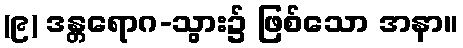
(၉) ဒန္တရောဂ-သွား၌ ဖြစ်သော အနာ။